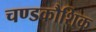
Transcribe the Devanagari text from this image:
चण्डकौशिक